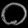
Digit: ၀